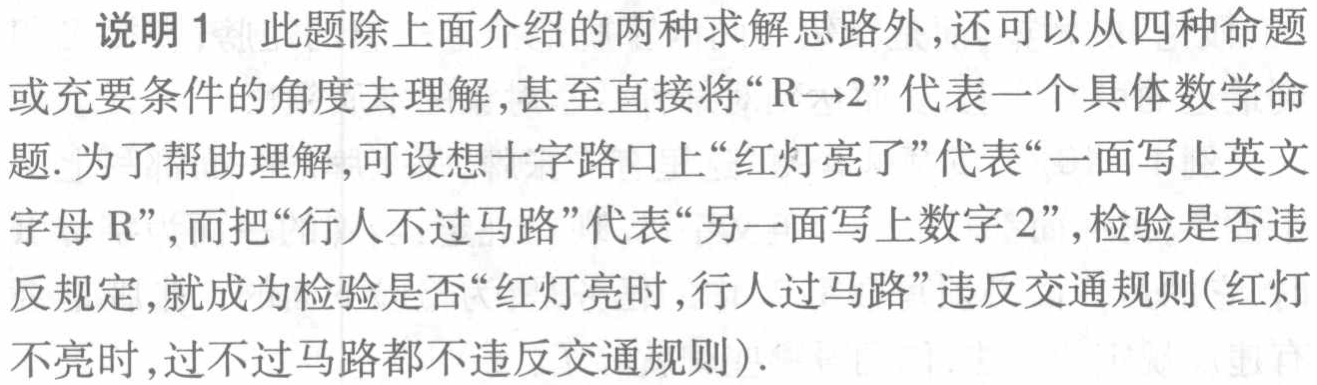
说明1 此题除上面介绍的两种求解思路外,还可以从四种命题或充要条件的角度去理解,甚至直接将“\(R\rightarrow2\)”代表一个具体数学命题. 为了帮助理解,可设想十字路口上“红灯亮了”代表“一面写上英文字母\(R\)”,而把“行人不过马路”代表“另一面写上数字\(2\)”,检验是否违反规定,就成为检验是否“红灯亮时,行人过马路”违反交通规则(红灯不亮时,过不过马路都不违反交通规则).